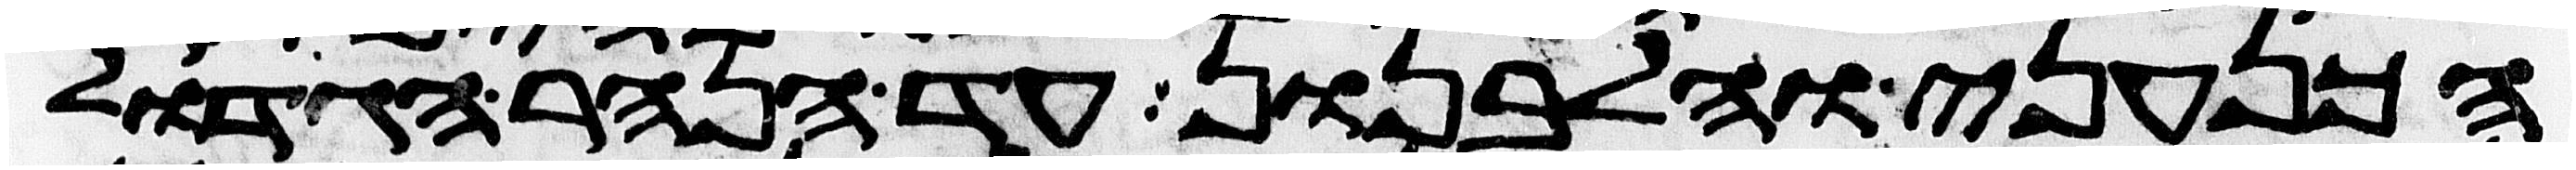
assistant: הכנעני והלבנון עד הנהר הגדול